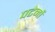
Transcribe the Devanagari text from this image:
पटेर्नो